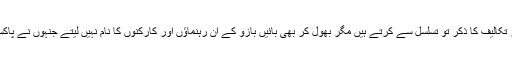
پیپلز پارٹی کے حامی تاریخ دان اور لکھاری پیپلز پارٹی کی جدوجہد، بھٹو خاندان کی قربانیوں اور تکالیف کا ذکر تو تسلسل سے کرتے ہیں مگر بھول کر بھی بائیں بازو کے ان رہنماؤں اور کارکنوں کا نام نہیں لیتے جنہوں نے پاکستان میں مزدور تحریک ، طلباء تحریک اور کسان تحریک کی بنیاد رکھی اور اسے پروان چڑھایا۔